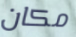
مكان